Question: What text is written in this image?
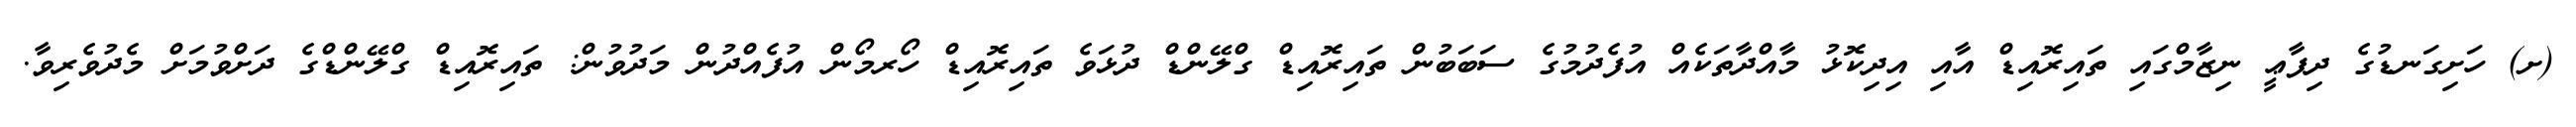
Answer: (ށ) ހަށިގަނޑުގެ ދިފާޢީ ނިޒާމްގައި ތައިރޮއިޑް އާއި އިދިކޮޅު މާއްދާތަކެއް އުފެދުމުގެ ސަބަބުން ތައިރޮއިޑް ގްލޭންޑް ދުޅަވެ ތައިރޮއިޑް ހޯރމޯން އުފެއްދުން މަދުވުން: ތައިރޮއިޑް ގްލޭންޑްގެ ދަށްވުމަށް މެދުވެރިވާ.